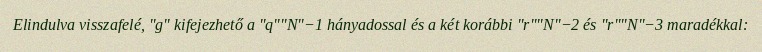
Elindulva visszafelé, "g" kifejezhető a "q""N"−1 hányadossal és a két korábbi "r""N"−2 és "r""N"−3 maradékkal: